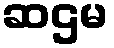
ဆဌမ